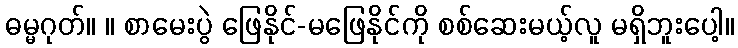
ဓမ္မဂုတ်။ ။ စာမေးပွဲ ဖြေနိုင်-မဖြေနိုင်ကို စစ်ဆေးမယ့်လူ မရှိဘူးပေါ့။